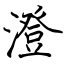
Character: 澄